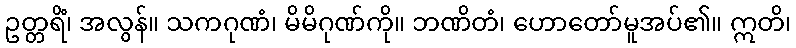
ဥတ္တရိံ၊ အလွန်။ သကဂုဏံ၊ မိမိဂုဏ်ကို။ ဘဏိတံ၊ ဟောတော်မူအပ်၏။ ဣတိ၊